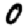
Digit: 0